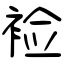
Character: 裣